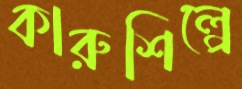
কারুশিল্পে